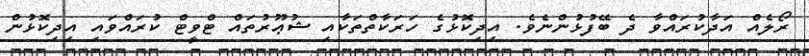
ރޯލެއް އަދާކުރައްވާ ދެ ބޭފުޅުންނެވެ. އިދިކޮޅުގެ ހަރަކާތްތަކާއި ޝުޢޫރުތައް ޓްވީޓް ކުރައްވައި އިދިކޮޅުން